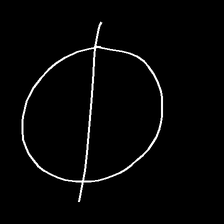
Glyph: orb